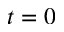
t = 0